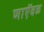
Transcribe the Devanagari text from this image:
णाऍवळ